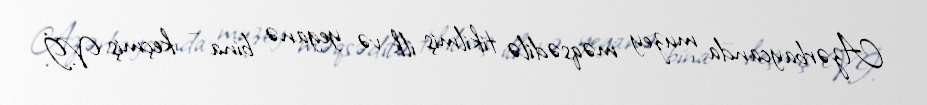
Azərbaycanda muzey məqsədilə tikilmiş ilk və yeganə bina – keçmiş V.İ.